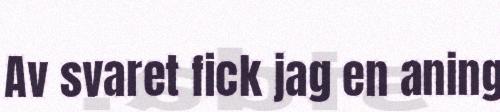
Av svaret fick jag en aning